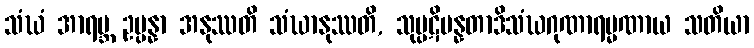
သံဃံ အာရဗ္ဘ ဥပ္ပန္နာ အနုဿတိ သံဃာနုဿတိ, သုပ္ပဋိပန္နတာဒိသံဃဂုဏာရမ္မဏာယ သတိယာ